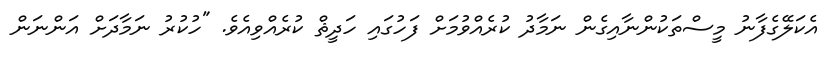
އެކަލޭގެފާނު މީސްތަކުންނާއިގެން ނަމާދު ކުރެއްވުމަށް ފަހުގައި ހަދީޘް ކުރެއްވިއެވެ. "ހުކުރު ނަމާދަށް އަންނަން